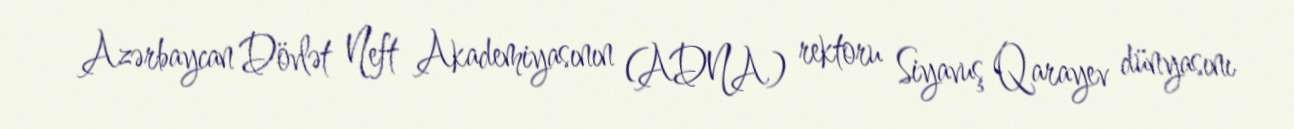
Azərbaycan Dövlət Neft Akademiyasının (ADNA) rektoru Siyavuş Qarayev dünyasını